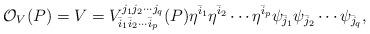
LaTeX: \begin{align*}{\cal O}_V (P) = V =V_{{\bar{i}}_1 {\bar{i}}_2 \cdots{\bar{i}}_p}^{j_1 j_2 \cdots j_q }(P)\eta^{\bar{i}_1}\eta^{\bar{i}_2} \cdots \eta^{\bar{i}_p}\psi_{\bar{j}_1} \psi_{\bar{j}_2} \cdots \psi_{\bar{j}_q},\end{align*}